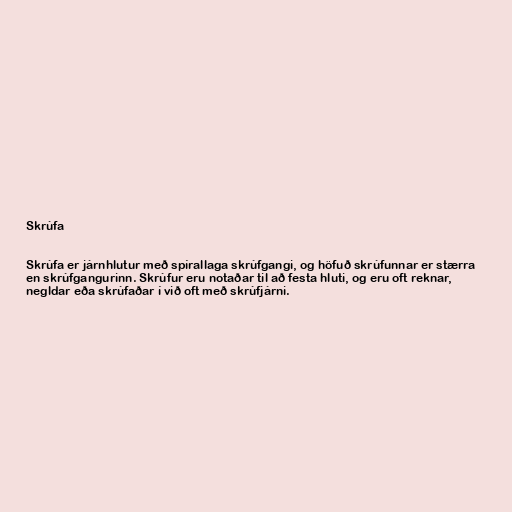
Skrúfa

Skrúfa er járnhlutur með spírallaga skrúfgangi, og höfuð skrúfunnar er stærra
en skrúfgangurinn. Skrúfur eru notaðar til að festa hluti, og eru oft reknar,
negldar eða skrúfaðar í við oft með skrúfjárni.